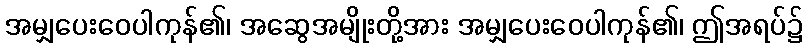
အမျှပေးဝေပါကုန်၏၊ အဆွေအမျိုးတို့အား အမျှပေးဝေပါကုန်၏၊ ဤအရပ်၌